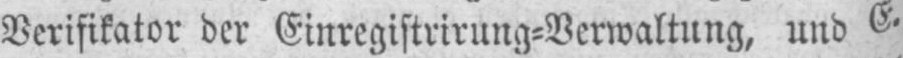
Verifikator der Einregistrirung⸗Verwaltung, und E.